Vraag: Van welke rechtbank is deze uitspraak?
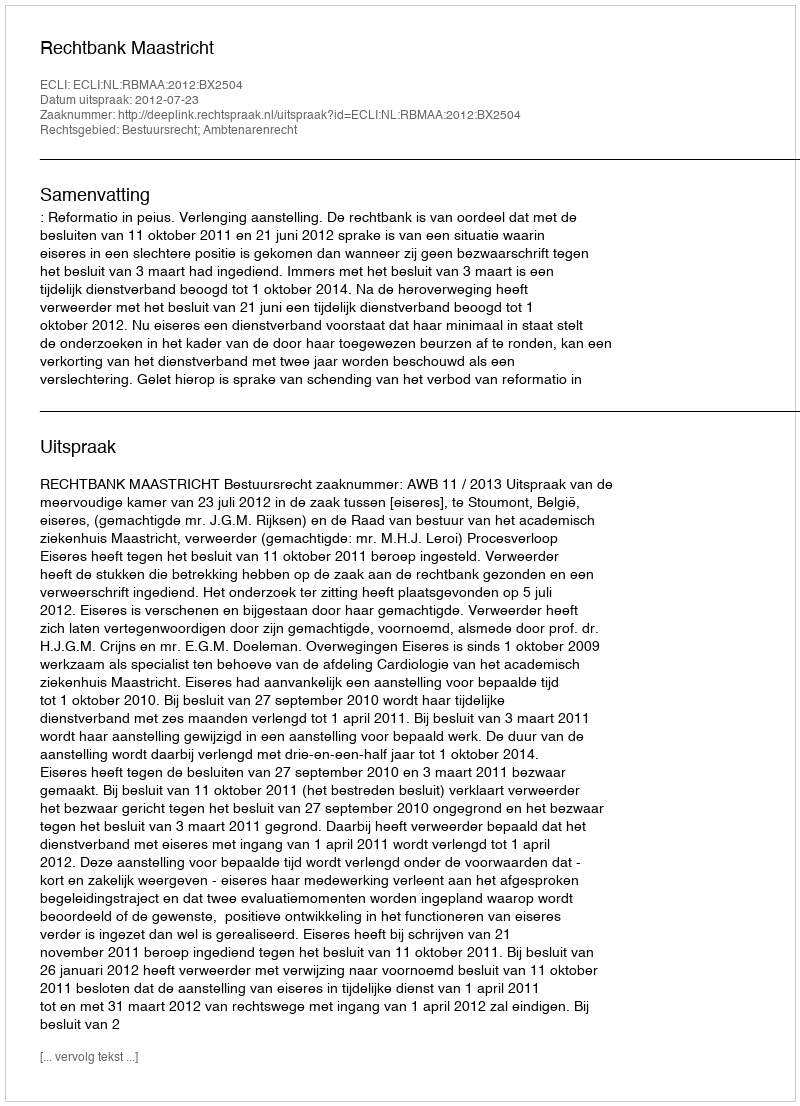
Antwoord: Rechtbank Maastricht